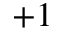
+ 1